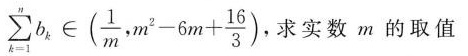
\sum_{k=1}^{n}b_{k} \in (\frac{1}{m},$$m ^ { 2 } - 6 m + \frac { 1 6 } { 3 }$$),求实数m的取值